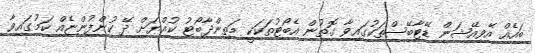
ބައެއް އޭވިއޭޝަން ޑޭޓާބޭސްތަކުގައިވާ ގޮތުން އެބޯޓުތަކަކީ މަތިންދާބޯޓު ކުއްޔަށް ދޭ ކުންފުންޏެއް ކަމުގައިވާ